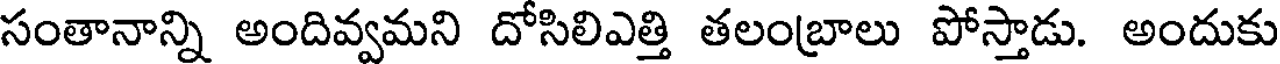
సంతానాన్ని అందివ్వమని దోసిలిఎత్తి తలంబ్రాలు పోస్తాడు. అందుకు